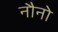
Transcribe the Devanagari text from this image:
नौनो